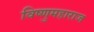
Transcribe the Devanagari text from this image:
विष्णुमहाराज